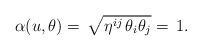
LaTeX: \begin{align*}\alpha (u,\theta)=\,\sqrt{\eta^{ij}\,\theta_i \theta_j}=\,1.\end{align*}